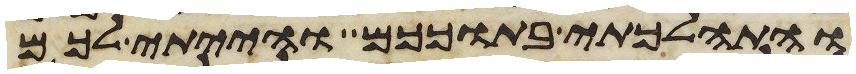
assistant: והתהלכתי בתוככם והייתי לכם